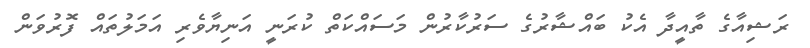
ރަޝިއާގެ ތާއީދާ އެކު ބައްޝާރުގެ ސަރުކާރުން މަސައްކަތް ކުރަނީ އަނިޔާވެރި އަމަލުތައް ފޮރުވަން